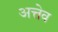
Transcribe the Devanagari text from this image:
अत्तेव